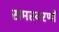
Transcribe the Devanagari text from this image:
समस्वरणों